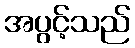
အပွင့်သည်